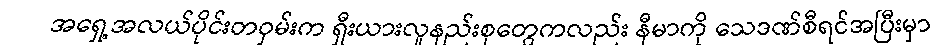
အရှေ့အလယ်ပိုင်းတဝှမ်းက ရှီးယားလူနည်းစုတွေကလည်း နီမာကို သေဒဏ်စီရင်အပြီးမှာ